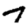
Digit: 7